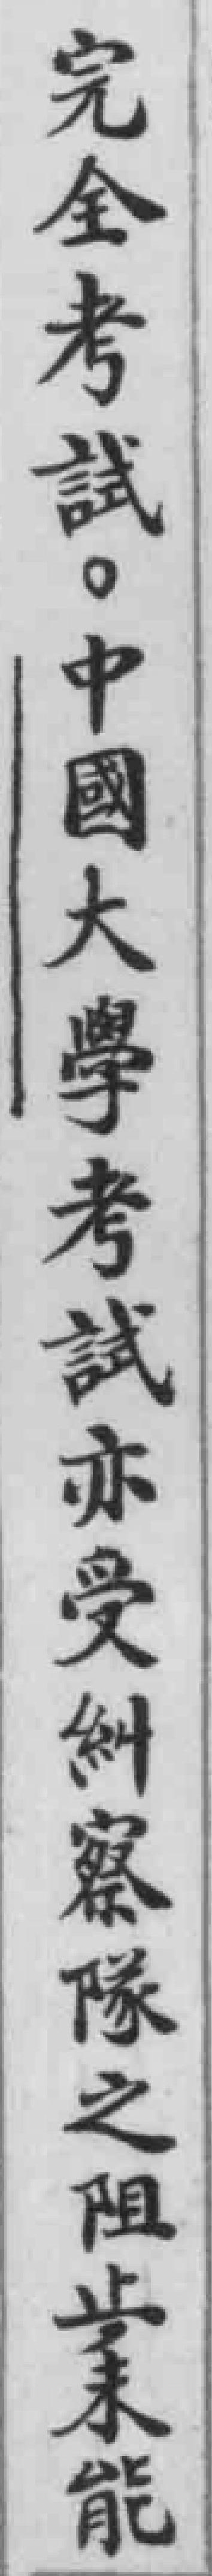
完全考試。中國大學考試亦受糾察隊之阻止，未能